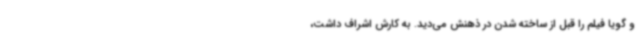
و گویا فیلم را قبل از ساخته شدن در ذهنش می‌دید. به کارش اشراف داشت،